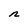
Character: n